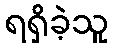
ရရှိခဲ့သူ